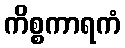
ကိစ္စကာရကံ